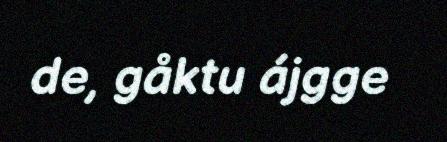
de, gåktu ájgge